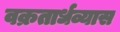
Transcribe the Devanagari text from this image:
वक्रतार्धव्यास